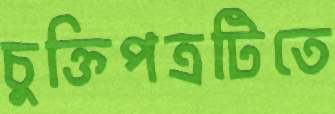
চুক্তিপত্রটিতে